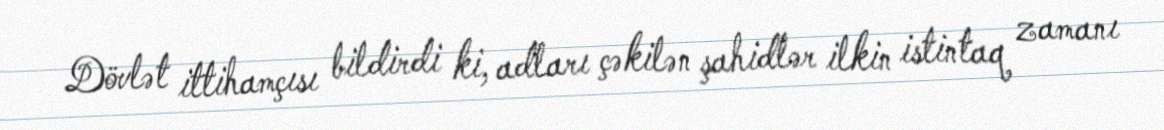
Dövlət ittihamçısı bildirdi ki, adları çəkilən şahidlər ilkin istintaq zamanı